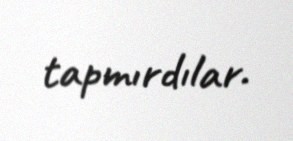
tapmırdılar.